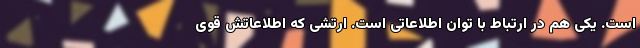
است. یکی هم در ارتباط با توان اطلاعاتی است. ارتشی که اطلاعاتش قوی